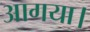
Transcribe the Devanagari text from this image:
आगया।